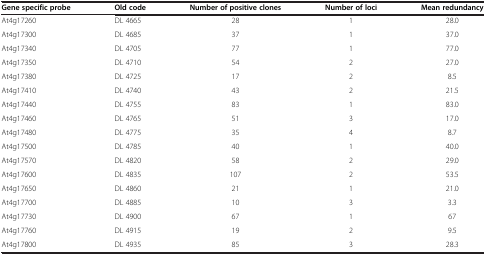
<table><thead><tr><td><b>Gene specific probe</b></td><td><b>Old code</b></td><td><b>Number of positive clones</b></td><td><b>Number of loci</b></td><td><b>Mean redundancy</b></td></tr></thead><tbody><tr><td>At4g17260</td><td>DL 4665</td><td>28</td><td>1</td><td>28.0</td></tr><tr><td>At4g17300</td><td>DL 4685</td><td>37</td><td>1</td><td>37.0</td></tr><tr><td>At4g17340</td><td>DL 4705</td><td>77</td><td>1</td><td>77.0</td></tr><tr><td>At4g17350</td><td>DL 4710</td><td>54</td><td>2</td><td>27.0</td></tr><tr><td>At4g17380</td><td>DL 4725</td><td>17</td><td>2</td><td>8.5</td></tr><tr><td>At4g17410</td><td>DL 4740</td><td>43</td><td>2</td><td>21.5</td></tr><tr><td>At4g17440</td><td>DL 4755</td><td>83</td><td>1</td><td>83.0</td></tr><tr><td>At4g17460</td><td>DL 4765</td><td>51</td><td>3</td><td>17.0</td></tr><tr><td>At4g17480</td><td>DL 4775</td><td>35</td><td>4</td><td>8.7</td></tr><tr><td>At4g17500</td><td>DL 4785</td><td>40</td><td>1</td><td>40.0</td></tr><tr><td>At4g17570</td><td>DL 4820</td><td>58</td><td>2</td><td>29.0</td></tr><tr><td>At4g17600</td><td>DL 4835</td><td>107</td><td>2</td><td>53.5</td></tr><tr><td>At4g17650</td><td>DL 4860</td><td>21</td><td>1</td><td>21.0</td></tr><tr><td>At4g17700</td><td>DL 4885</td><td>10</td><td>3</td><td>3.3</td></tr><tr><td>At4g17730</td><td>DL 4900</td><td>67</td><td>1</td><td>67</td></tr><tr><td>At4g17760</td><td>DL 4915</td><td>19</td><td>2</td><td>9.5</td></tr><tr><td>At4g17800</td><td>DL 4935</td><td>85</td><td>3</td><td>28.3</td></tr></tbody></table>